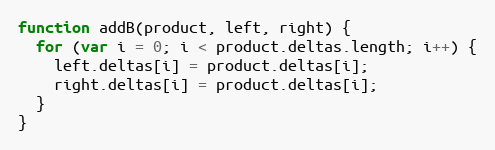
Language: JavaScript
function addB(product, left, right) {
  for (var i = 0; i < product.deltas.length; i++) {
    left.deltas[i] = product.deltas[i];
    right.deltas[i] = product.deltas[i];
  }
}